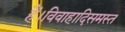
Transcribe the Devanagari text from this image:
हैं।विवाहादिसमस्त